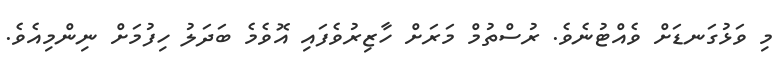
މި ވަޅުގަނޑަށް ވެއްޓުނެވެ. ރުސްތުމް މަރަށް ހާޒިރުވެފައި އޮވެމެ ބަދަލު ހިފުމަށް ނިންމިއެވެ.